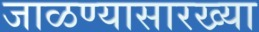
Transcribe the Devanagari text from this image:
जाळण्यासारख्या